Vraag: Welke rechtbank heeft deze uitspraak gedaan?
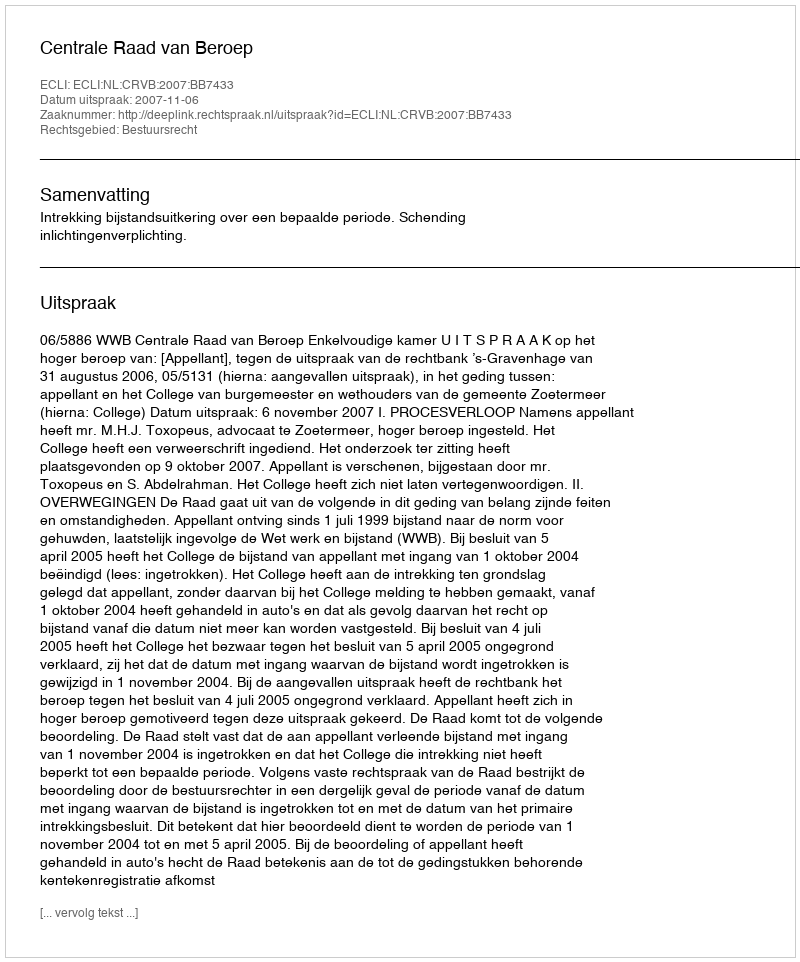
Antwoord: Centrale Raad van Beroep